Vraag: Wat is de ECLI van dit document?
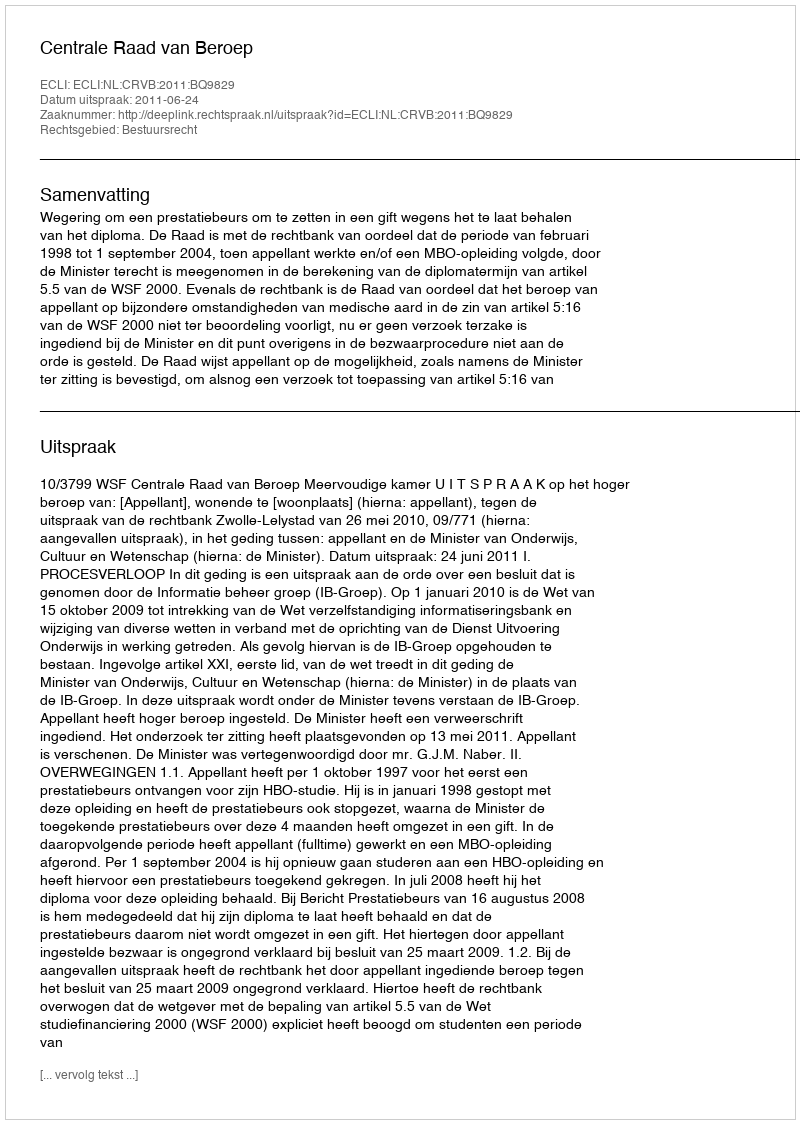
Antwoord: ECLI:NL:CRVB:2011:BQ9829